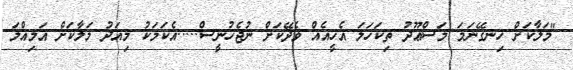
"މަލާކަށް ހިނގޭނަމަ މަސްޢޫދު ތިކަހަލަ އެހީއެއް ވެދޭކަށް ނުޖެހުނީސް.....އެކަމަކު މިއަދު މަލާކަށް އަމިއްލަ